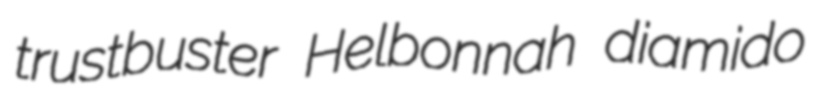
trustbuster Helbonnah diamido